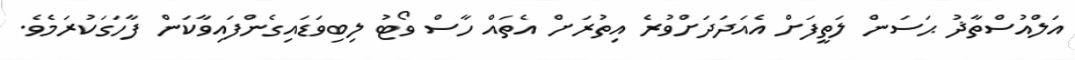
އަލްއުސްތާޛު ޙަސަން ލަތީފަށް އެއަދަދަށްވުރެ އިތުރަށް އެތައް ހާސް ވޯޓު ލިބިވަޑައިގެންފައިވާކަން ފާހަގަކުރަމެވެ.